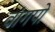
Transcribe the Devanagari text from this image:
वांगपो